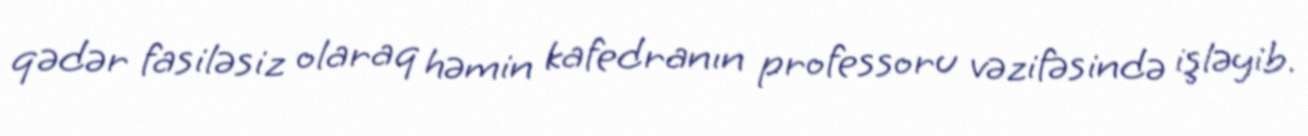
qədər fasiləsiz olaraq həmin kafedranın professoru vəzifəsində işləyib.